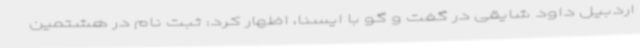
اردبیل داود شایقی در گفت و گو با ایسنا، اظهار کرد: ثبت نام در هشتمین